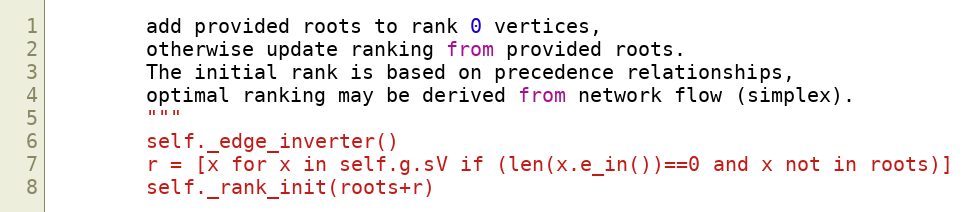
Language: Python
        add provided roots to rank 0 vertices,
        otherwise update ranking from provided roots.
        The initial rank is based on precedence relationships,
        optimal ranking may be derived from network flow (simplex).
        """
        self._edge_inverter()
        r = [x for x in self.g.sV if (len(x.e_in())==0 and x not in roots)]
        self._rank_init(roots+r)